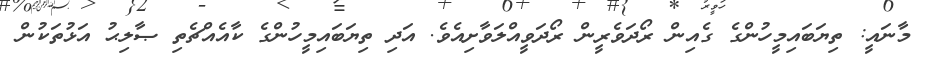
މާނައީ: ތިޔަބައިމީހުންގެ ގެއިން ރޯދަވެރީން ރޯދަވީއްލަވާށިއެވެ. އަދި ތިޔަބައިމީހުންގެ ކާއެއްޗެތި ޞާލިޙު އަޅުތަކުން